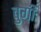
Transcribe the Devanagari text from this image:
वुगी